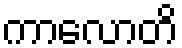
ကာလောတိ